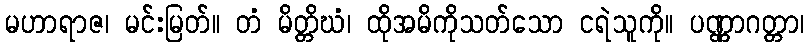
မဟာရာဇ၊ မင်းမြတ်။ တံ မိတ္တိဃံ၊ ထိုအမိကိုသတ်သော ငရဲသူကို။ ပဏ္ဏာဂတ္တာ၊